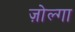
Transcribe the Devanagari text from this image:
ज़ोल्गा